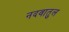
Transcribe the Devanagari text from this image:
नदवातुल